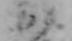
か